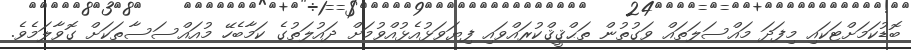
ބޮޑުކަމަށްޓަކައި މިފަދަ މައްސަލަތައް ވަގުތުން ތަޙްޤީޤްކުރައްވައި ފިޔަވަޅުއެޅުއްވުމަށް ދައުލަތުގެ ކަމާބެހޭ މުއައްސަސާތަކަށް ގޮވާލަމެވެ.